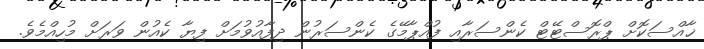
ޚާއްސަކޮށް ޕްރޮސްޓޭޓް ކެންސަރާއި ފުއްޕާމޭގެ ކެންސަރުން ދިފާއުވުމަށް ފިޔާ ކެއުން ވަރަށް މުހިއްމެވެ.